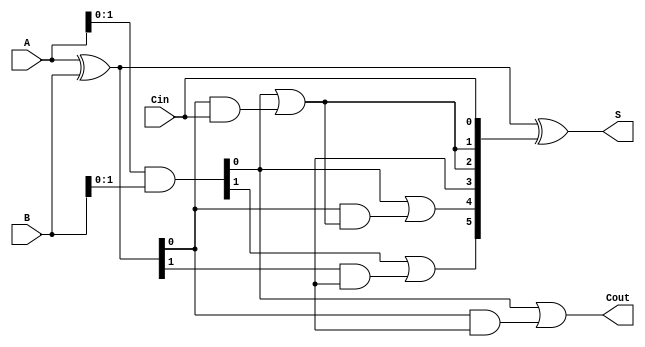
module brent_kung_adder #(parameter N = 8) (
    input  [N-1:0] A,      // First n-bit input
    input  [N-1:0] B,      // Second n-bit input
    input          Cin,     // Carry-in
    output [N-1:0] S,      // n-bit sum output
    output         Cout     // Carry-out
);

    // Generate and Propagate signals
    wire [N-1:0] G; // Generate
    wire [N-1:0] P; // Propagate
    wire [N:0] C;   // Carry bits

    // Generate and Propagate logic
    assign G = A & B;
    assign P = A ^ B;

    // Carry generation using Brent-Kung structure
    assign C[0] = Cin; // Initial carry-in
    assign C[1] = G[0] | (P[0] & C[0]);

    genvar i, j;
    generate
        // Levels of carry computation
        for (i = 1; i < N; i = i + 1) begin : carry_levels
            for (j = 0; j < (1 << (i - 1)); j = j + 1) begin : carry_generation
                if (j < (1 << (i - 1))) begin
                    assign C[(1 << i) + j] = G[j] | (P[j] & C[(j + 1) * (1 << (i - 1)) - 1]);
                end
            end
        end
    endgenerate

    // Sum computation
    assign S = P ^ C[N-1:0];

    // Final carry-out
    assign Cout = C[N];

endmodule